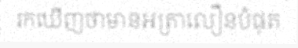
រកឃើញថាមានអត្រាលឿនបំផុត